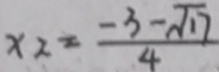
x _ { 2 } = \frac { - 3 - \sqrt { 1 7 } } { 4 }